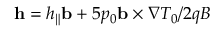
\mathbf { h } = h _ { \| } \mathbf { b } + 5 p _ { 0 } \mathbf { b } \times \nabla T _ { 0 } / 2 q B